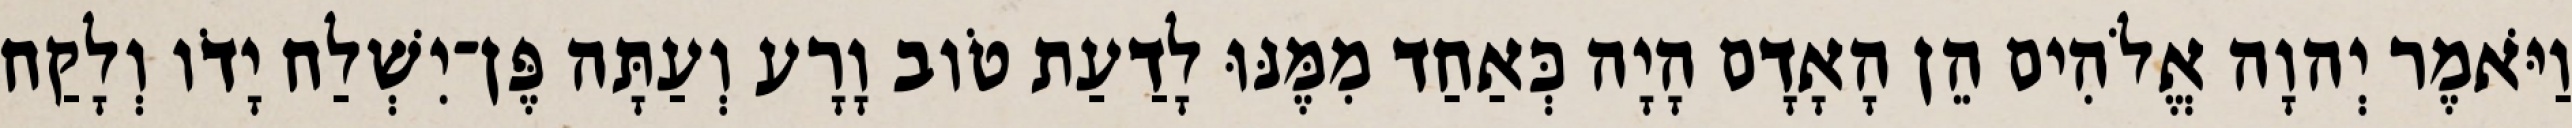
וַיֹּאמֶר יְהוָה אֱלֹהִים הֵן הָאָדָם הָיָה כְּאַחַד מִמֶּנּוּ לָדַעַת טֹוב וָרָע וְעַתָּה פֶּן־יִשְׁלַח יָדֹו וְלָקַח